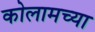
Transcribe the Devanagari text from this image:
कोलामच्या